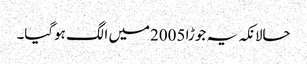
حالانکہ یہ جوڑا 2005میں الگ ہوگیا۔